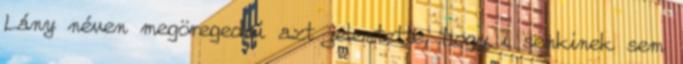
Lány néven megöregedni azt jelentette, hogy ı senkinek sem